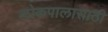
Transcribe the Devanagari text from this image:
लोकपालासाठी